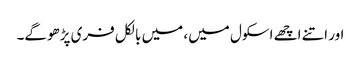
اور اتنے اچھے اسکول میں، میں بالکل فری پڑھوگے۔